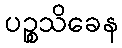
ပဉ္စသိခေန